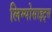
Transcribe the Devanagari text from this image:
लिम्पोसाइट्स